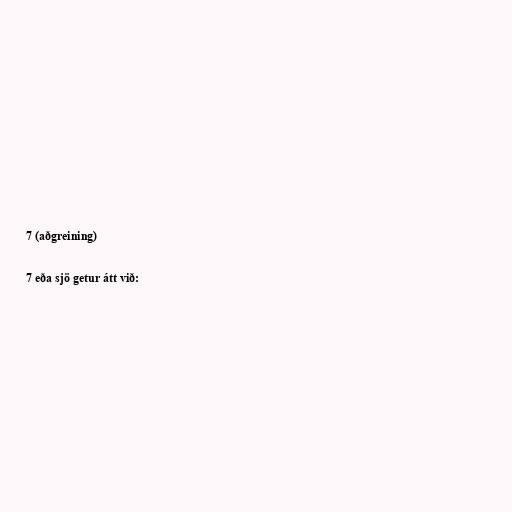
7 (aðgreining)

7 eða sjö getur átt við: